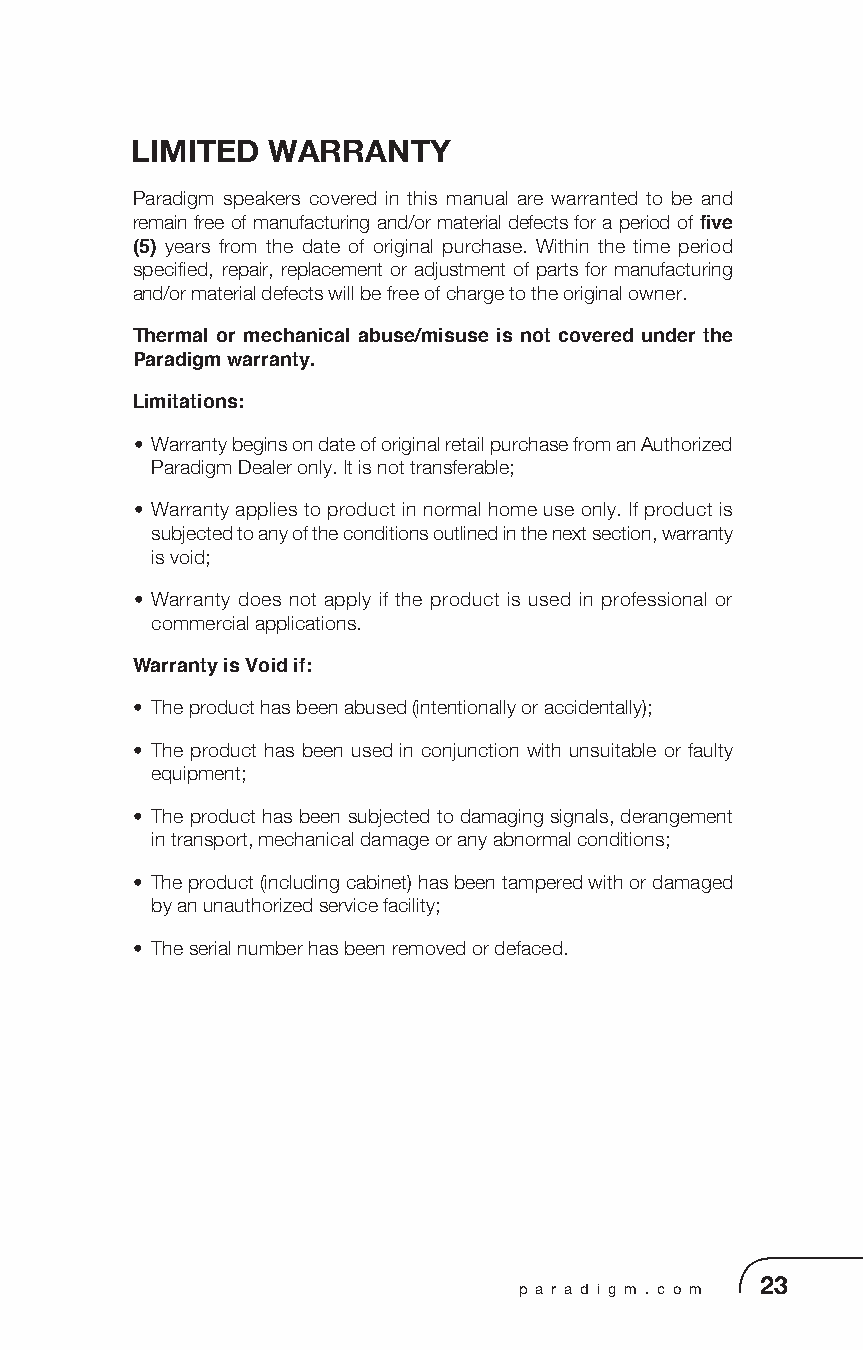
LIMITED  WARRANTY
 Paradigm speakers covered in this manual are warranted to be and
 remain free of manufacturing and/or material defects for a period of five
 (5) years from the date of original purchase. Within the time period
 specified, repair, replacement or adjustment of parts for manufacturing
 and/or material defects will be free of charge to the original owner.
 Thermal or mechanical abuse/misuse is not covered under the
 Paradigm warranty.
 Limitations:
 • Warranty begins on date of original retail purchase from an Authorized
 Paradigm Dealer only. It is not transferable;
 • Warranty applies to product in normal home use only. If product is
 subjected to any of the conditions outlined in the next section, warranty
 is void;
 • Warranty does not apply if the product is used in professional or
 commercial applications.
 Warranty is Void if:
 • The product has been abused (intentionally or accidentally);
 • The product has been used in conjunction with unsuitable or faulty
 equipment;
 • The product has been subjected to damaging signals, derangement
 in transport, mechanical damage or any abnormal conditions;
 • The product (including cabinet) has been tampered with or damaged
 by an unauthorized service facility;
 • The serial number has been removed or defaced.
 p a r a d i g m . c o m 23